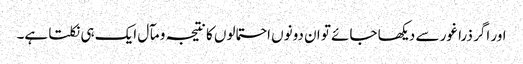
اور اگر ذرا غور سے دیکھا جائے تو ان دونوں احتمالوں کا نتیجہ و مآل ایک ہی نکلتا ہے۔